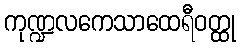
ကုဏ္ဍလကေသာထေရီဝတ္ထု